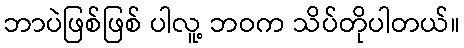
ဘာပဲဖြစ်ဖြစ် ပါလူ့ ဘဝက သိပ်တိုပါတယ်။